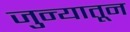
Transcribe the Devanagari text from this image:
जुन्यातून